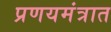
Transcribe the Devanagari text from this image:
प्रणयमंत्रात